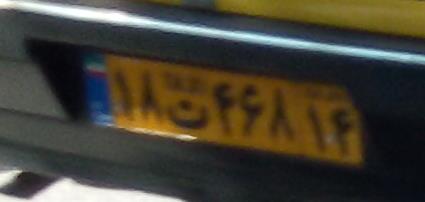
۱۸ت۴۶۸۱۴